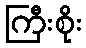
ကြီးစိုး